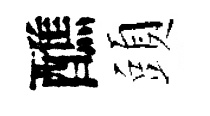
醮頭